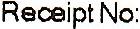
RECEIPT NO: